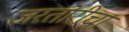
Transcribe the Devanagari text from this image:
जरतारीचा